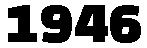
1946